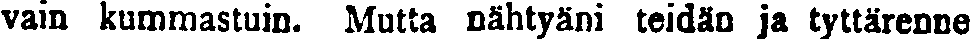
vain kummastuin. Mutta nähtyäni teidän ja tyttärenne